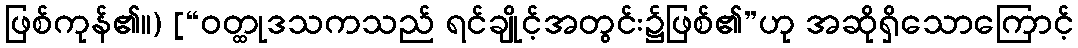
ဖြစ်ကုန်၏။) [“ဝတ္ထုဒသကသည် ရင်ချိုင့်အတွင်း၌ဖြစ်၏”ဟု အဆိုရှိသောကြောင့်